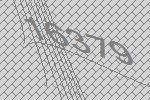
16379